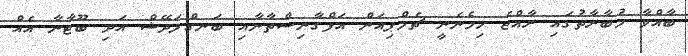
ބާއްވާ މުބާރާތުގައި ރާއްޖެ ހިމެނެނީ ޗެމްޕިއަން އަފްގާނިސްތާނާއި ބަނގްލަދޭޝް އަދި ބޫޓާނާ އެއް